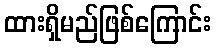
ထားရှိမည်ဖြစ်ကြောင်း